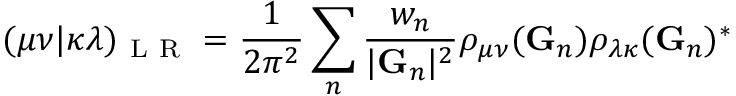
( \mu \nu | \kappa \lambda ) _ { \mathrm { ~ L ~ R ~ } } = \frac { 1 } { 2 \pi ^ { 2 } } \sum _ { n } \frac { w _ { n } } { | \mathbf { G } _ { n } | ^ { 2 } } \rho _ { \mu \nu } ( \mathbf { G } _ { n } ) \rho _ { \lambda \kappa } ( \mathbf { G } _ { n } ) ^ { * }